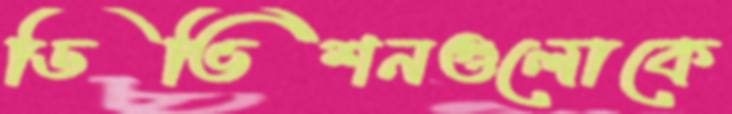
ডিভিশনগুলোকে